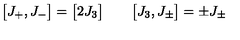
\bigl [ J _ { + } , J _ { - } \bigr ] = \bigl [ 2 J _ { 3 } \bigr ] \qquad \bigl [ J _ { 3 } , J _ { \pm } \bigr ] = \pm J _ { \pm }